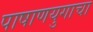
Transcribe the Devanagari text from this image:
पाषाणयुगाचा